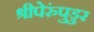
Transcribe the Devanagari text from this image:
श्रीपेरुंपुडुर